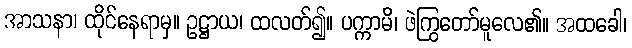
အာသနာ၊ ထိုင်နေရာမှ။ ဥဋ္ဌာယ၊ ထလတ်၍။ ပက္ကာမိ၊ ဖဲကြွတော်မူလေ၏။ အထခေါ၊